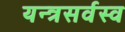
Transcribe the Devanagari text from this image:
यन्त्रसर्वस्व